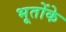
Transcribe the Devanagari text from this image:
भूतोंके